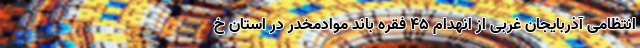
انتظامی آذربایجان غربی از انهدام ۴۵ فقره باند موادمخدر در استان خ